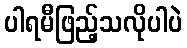
ပါရမီဖြည့်သလိုပါပဲ